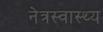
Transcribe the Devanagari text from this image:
नेत्रस्वास्थ्य